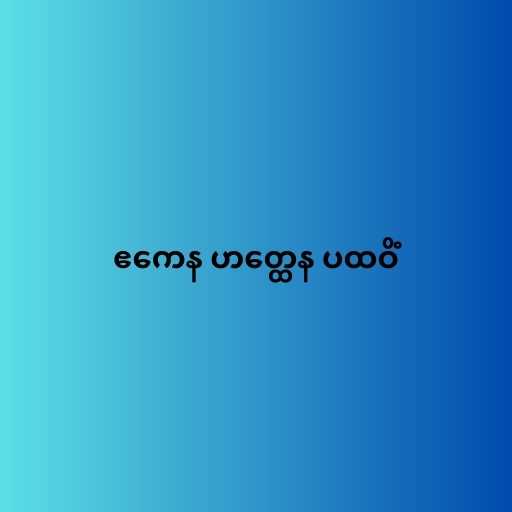
ဧကေန ဟတ္ထေန ပထဝိံ